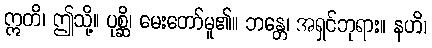
ဣတိ၊ ဤသို့။ ပုစ္ဆိ၊ မေးတော်မူ၏။ ဘန္တေ၊ အရှင်ဘုရား။ နဟိ၊